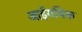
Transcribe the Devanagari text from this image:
आईयविक